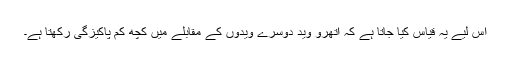
اس لیے یہ قیاس کیا جاتا ہے کہ اتھرو وید دوسرے ویدوں کے مقابلے میں کچھ کم پاکیزگی رکھتا ہے۔